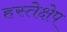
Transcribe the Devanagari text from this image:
हस्तेक्षेप